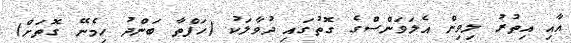
އާއި އިތުރު ލިވިން އެލަވަންސްގެ ގޮތުގައި ދުވާލަކު (ހަފްތާ ބަންދު ހިމެނޭ ގޮތަށް)